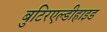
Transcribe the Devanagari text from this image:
बुटिरएल्डीहाइड